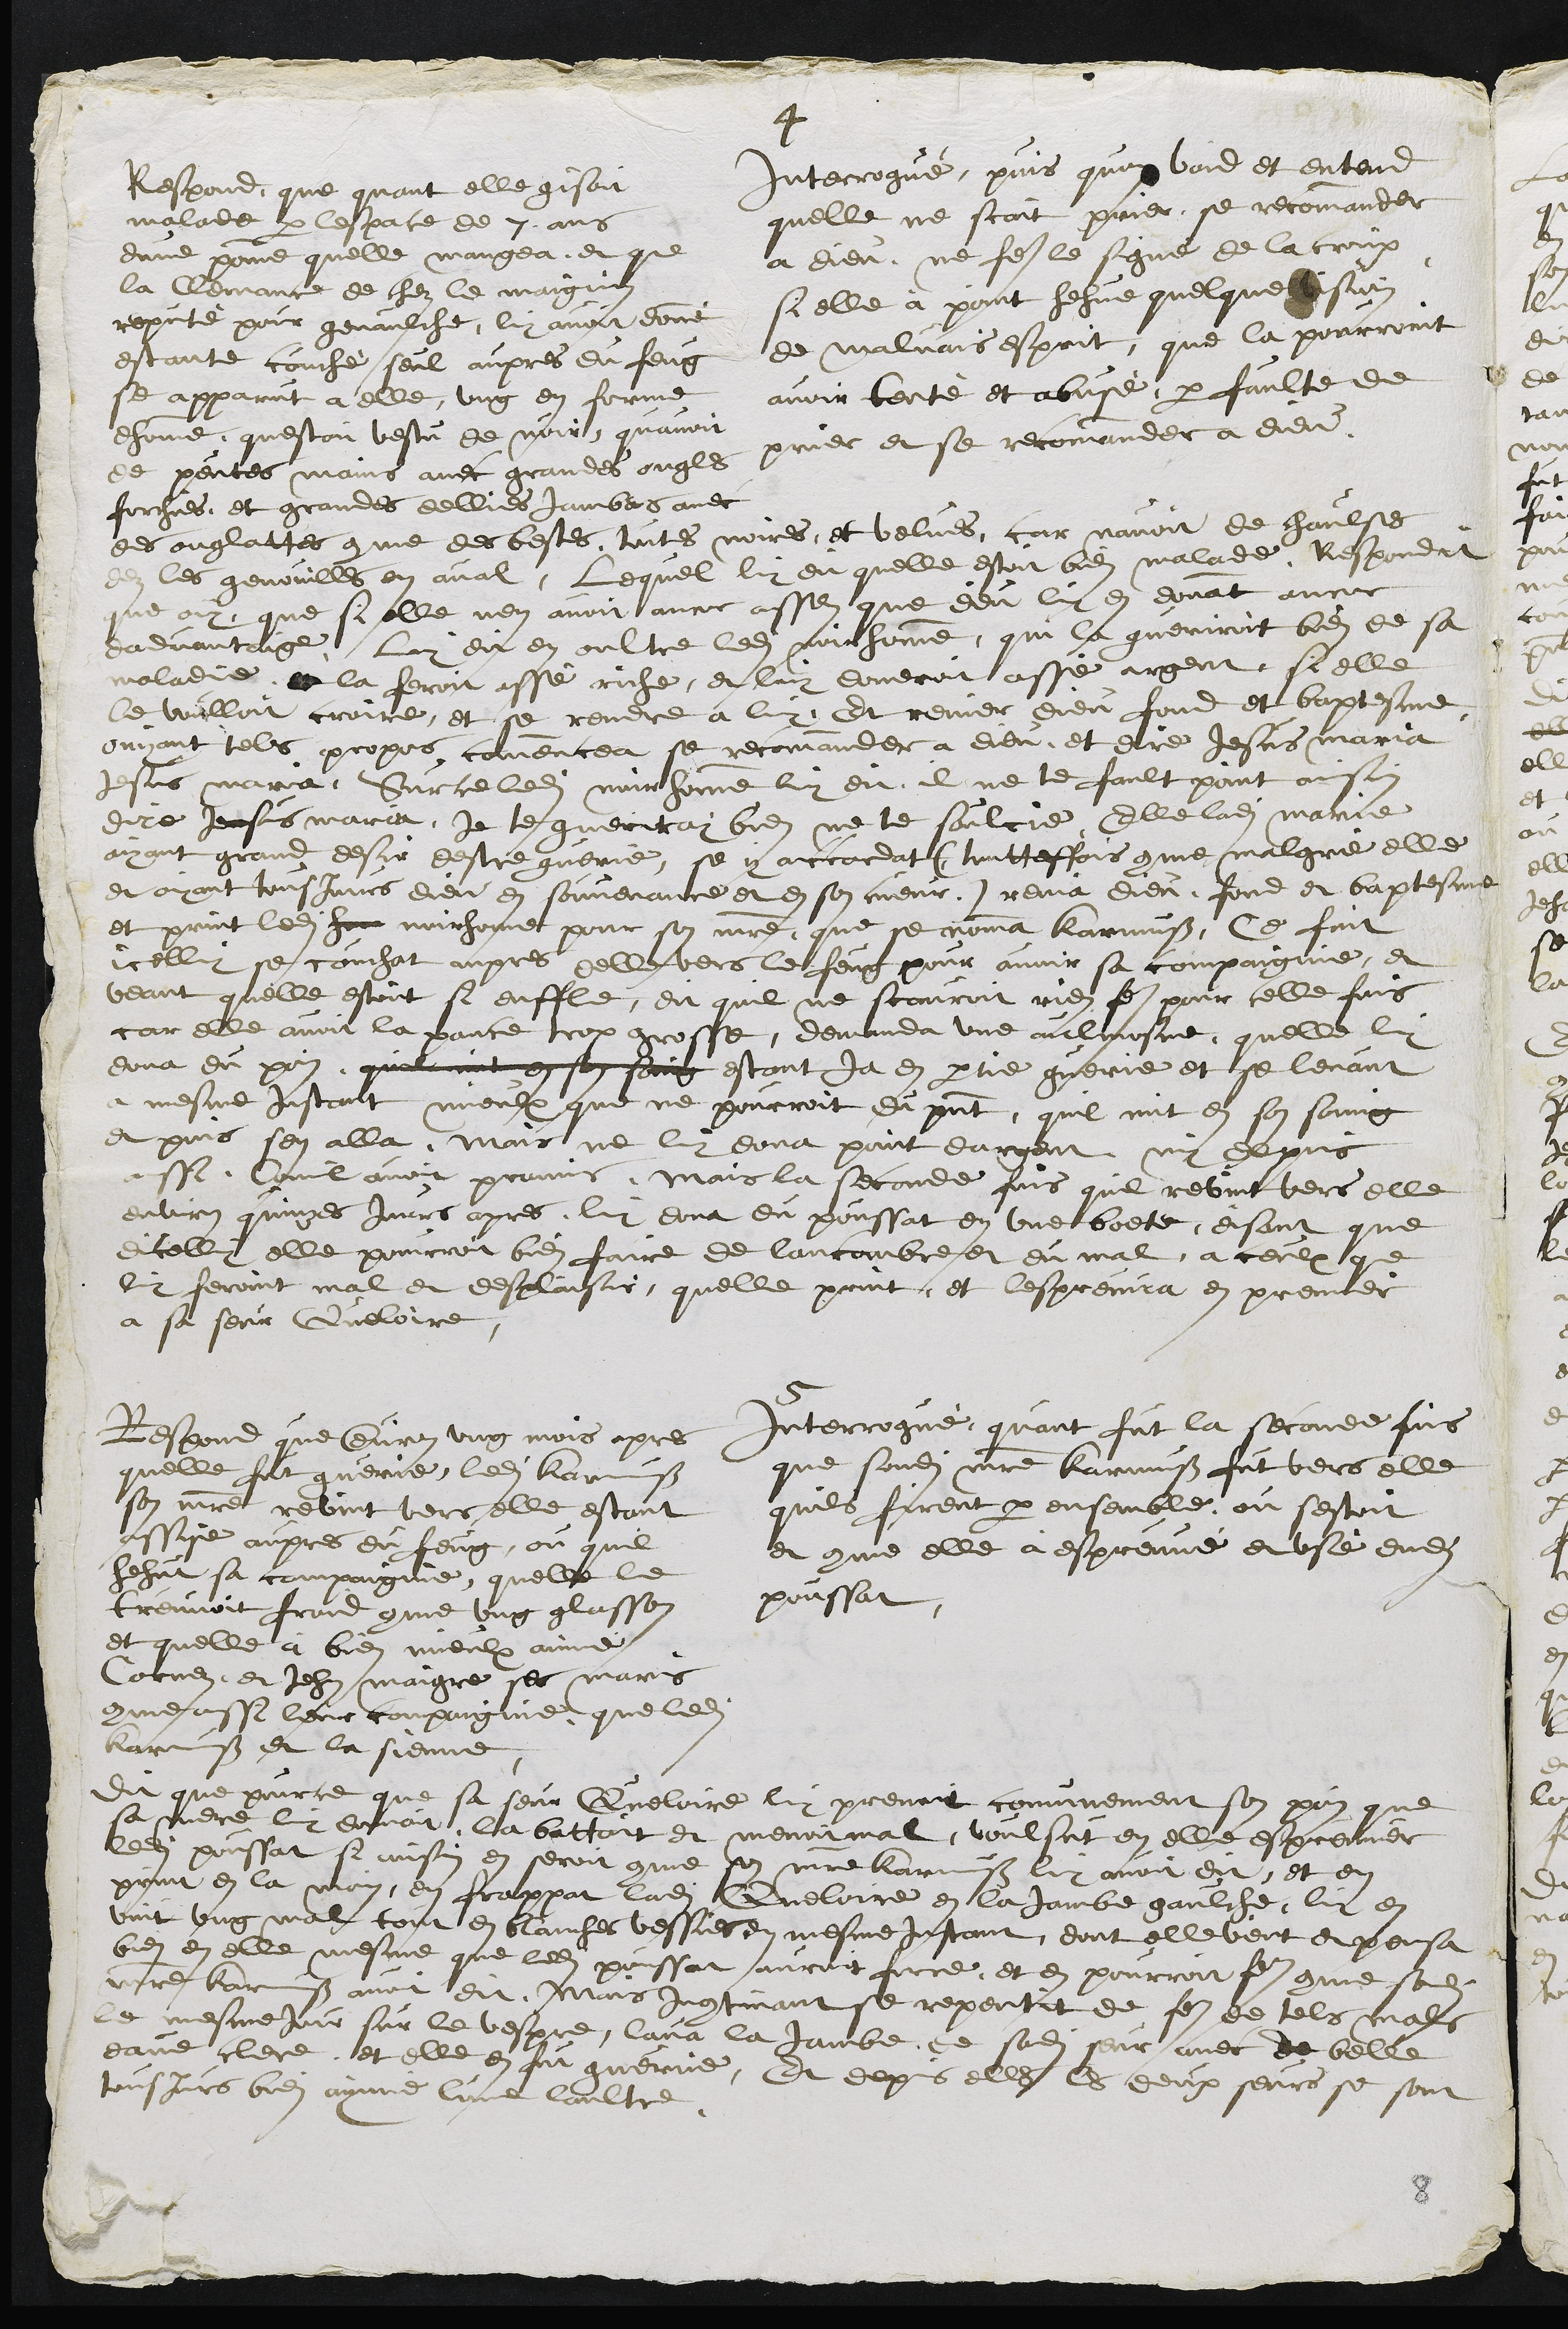
Interrogue, puis quon void et entend
quelle ne scait prier, se recommander
a Dieu, ne faire le signe de la croix
si elle a point hehue quelque vision
de malvais esprit, que la pourroint
avoir tenté et abusé, par faulte de
prier et se recomander a dieu,

Respond, que quant elle gisoit
malade par lespace de 7. ans
dune pomme quelle mangea, et que
la Clemance de chez le maignin
reputé pour genaulche, luy avoit donné
estante couché, seul aupres du feug
se apparut a elle, ung en forme
dhomme, questoit vestu de noir, quavoit
de peutes mains avec grandes ongles
forchues, et grandes dellies jambes avec
des onglattes comme des bestes, toutes noires, et velues, car navoit de chaulses
dez les genouilles en aval, Lequel luy dit quelle estoit bien malade, Respondit
que ouy que si elle nen avoit ancor assez que dieu luy en donnat ancor
dadvantaige, Luy dit en oultre ledit noir homme qui la gueriroit bien de sa
maladie a la feroit assé riche, et luy doneroit assé argent si elle
le voulloit croire, et se rendre a luy, Et renier dieu fond et baptesme
ouyant tel propos commencea se recommander a dieu et dire Jesus maria
Jesus maria. Sur ce ledit noir homme luy dit il ne te fault point ainsin
dire Jesus maria Je te gueriray bien ne te soulcie, Elle ladite Marie
ayant grand desir destre guerie, se y accordat (toutteffois comme malgré elle
et ayant tousjours dieu en souvenance et en son cueur) renia dieu, fond et baptesme
et print ledit hom noir home pour son maitre, que se nomma Karmuss, Ce fait
icelluy se couchat aupres delle vers le feug pour avoir sa compaignie, et
veant quelle estoit si enffle, dit quil ne scauroit rien faire pour telle fois
car elle avoit la pance trop grosse, demanda une aulmosne quelle luy
donna du pain quil mit en son seing estant ja en partie guerie et se levant
a mesme instant mieulx que ne pourroit du present, quil mit en son saing
et puis sen alla, mais ne luy dona point dargent ny depuis
aussi comil avoit promis, mais la seconde fois quil revint vers elle
environ quinzes jours apres, luy dona du poussat en une boete, disant que
dicelluy elle pourroit bien faire de lancombre et du mal, a ceulx que
luy feroint mal et desplaisir, quelle print, et lespreuva en premier
a sa seur Queloire,

Interrogue, quant fut la seconde fois
que sondit maitre Karmuss fut vers elle
quils firent par ensemble, ou sestoit
et comme elle à espreuvé et usé dudit
poussat,

Respond que environ ung mois apres
quelle fut guerie, ledit Karmuss
son maitre revint vers elle estant
assise aupres du feug, ou quil
hehut sa compaignie quelle le
treuvoit froit comme ung glasson
et quelle à bien mieulx aimé
Cornez, et Jehan maigre ses maris
comme aussi leur compaignie que ledit
Karmuss et la sienne
dit que pource que sa seur Queloire luy prenoit comunement son pain que
sa mere luy donnoit, la battoit et menoit mal, voulsut en elle espreuver
ledit poussat si ainsin en seroit comme son maitre Karmuss luy avoit dit, et en
print en la main, en frappat ladite Queloire en la Jambe gaulche, luy en
vint ung mal tout en blanches vessier en mesme instant, dont elle veut et pensa
bien en elle mesme que ledit poussat auroit ferre, et en pourroit faire comme sondit
maitre Karmuss avoit dit. Mais Incontinant se repentit de faire de tels mals
le mesme jour sur le vespre, lava la Jambe de sadite seur avec de belle
eaue clere et elle en fut guerrie, Et depuis elle les deux seurs se sont
tousjours bien aymé lune laultre.